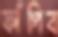
ফাঁপিব